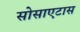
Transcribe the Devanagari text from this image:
सोसाएटास